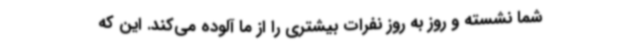
شما نشسته و روز به روز نفرات بیشتری را از ما آلوده می‌کند. این که